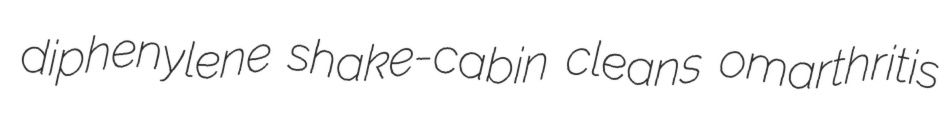
diphenylene shake-cabin cleans omarthritis